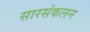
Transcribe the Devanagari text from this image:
सारसंकलन